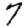
Digit: 7